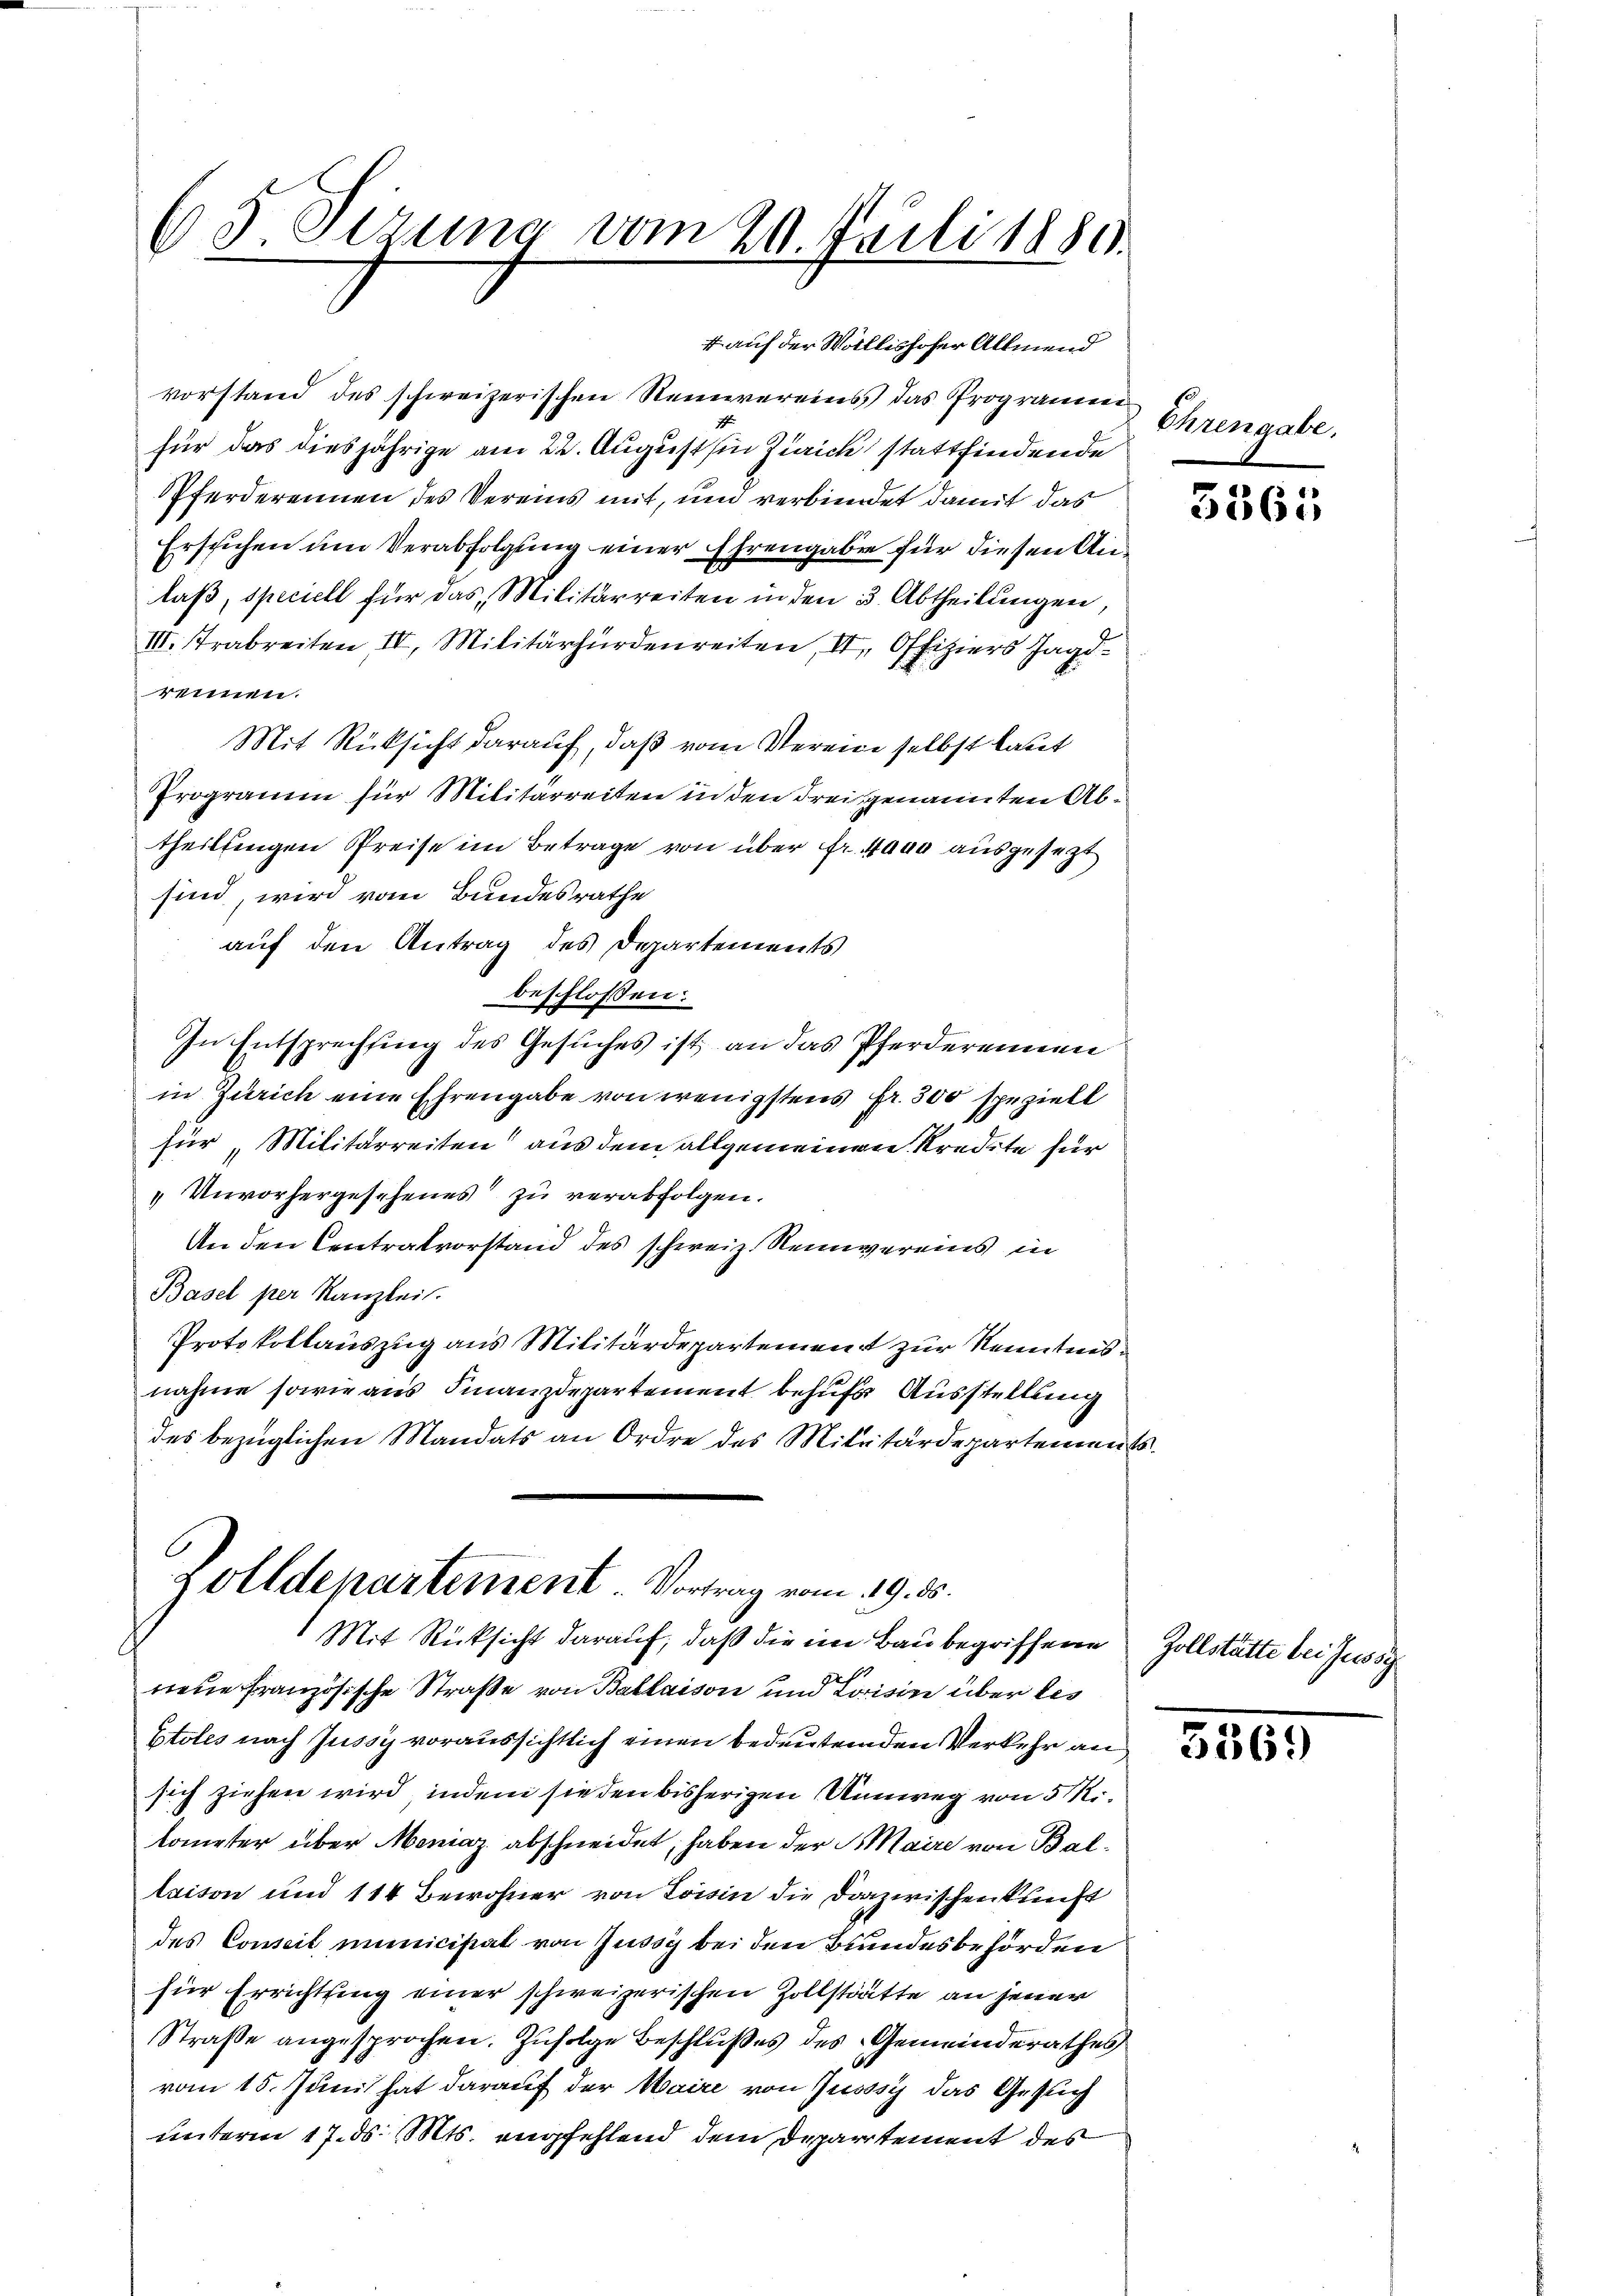
65 Stzung vom 20. Juli 1880.

4 auf der Wollishofer Allmend
vorstand des schweizerischen Neinvereins, das Programmen
für das diesjährige am 22. August in Zürick stattfindende
Pferderennen des Vereins mit, um verbündet damit das
Ersuchen um Verabfolgung einer Ehrengabe für diesen Anlaß, speciell für das Militärreiten in den 3. Abtheilungen,
III. Trabreiten IV. Militärhürdenreiten, II, Offiziers Jagdreimen.
Mit Rücksicht darauf, daß vom Verein selbst laut
Programm für Militarreiten in den drei genannten Abtheiltengen Preise im Betrage von über fr. 4000 ausgesezt
sind, wird vom Bundesrathe
auf den Antrag des Departements
beschlossen:
In Entsprechung des Gesuches ist, an das Pferderennen
in Zürich eine Ehrengabe von wenigstens fr. 300 speziell
für Militarreiten aus dem allgemeinen Kredite für
"Unvorhergesehenes zu verabfolgen.
An den Centralvorstand des schweiz. Reinvereins in
Basel per Kanzlei.
Protokollauszug aus Militärdepartement zur Kenntnisnahme sowie aus Finanzdepartement behufs Ausstellung
des bezüglichen Mandats an Ordre des Militärdepartements
.
zolldepartement Vortrag vom 19. ds.
Mit Rücksicht darauf, daß die im Bau begriffene
neue Französische Straße von Ballaison und Loisin über des
Etoles nach Zussy voraussichtlich einen bedeutenden Verkehr an
sich ziehen wird, indem sie den bisherigen Unweg von 5 Ri
lometer über Mamaz abschneidet, haben der S. Maire von Ballaison und 114 Bewohner von Loisin die Dazwischenkunft
des Conseil municipiat von Zussy bei den Bundesbehörden
für Errichtsing einer schweizerischen Zollstätte an jener
Straße angesprochen. Zufolge Beschlußes des Gemeinderathes
vom 15. Juni hat darauf der Maire von Zusssy das Gesuch
unterm 17. ds. Mts. empfehlend dem Departement des

Ehrengabe.

3365

Zollstätte bei Jussy

5369